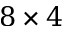
8 \times 4